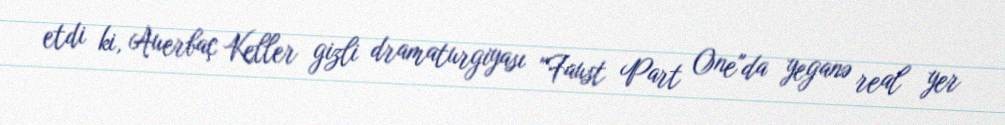
etdi ki, Auerbaç Keller gizli dramaturgiyası "Faust Part One"da yeganə real yer